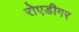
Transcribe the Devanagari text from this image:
रोएडीगर